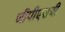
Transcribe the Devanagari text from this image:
जीपीएसची